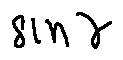
\sin \gamma